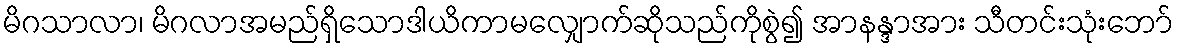
မိဂသာလာ၊ မိဂလာအမည်ရှိသောဒါယိကာမလျှောက်ဆိုသည်ကိုစွဲ၍ အာနန္ဒာအား သီတင်းသုံးဘော်